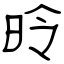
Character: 昤